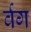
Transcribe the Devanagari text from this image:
र्वग